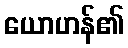
ယောဟန်၏